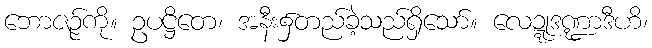
ဘောဇဉ်ကို။ ဥပဋ္ဌိတေ၊ အနီး၌တည်ခဲ့သည်ရှိသော်။ လေဍ္ဍုဒဏ္ဍာဒီဟိ၊